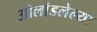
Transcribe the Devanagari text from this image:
ओलांडलेल्या